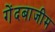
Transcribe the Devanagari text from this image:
गेंदबाजीम